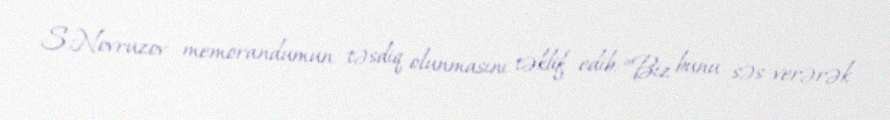
S.Novruzov memorandumun təsdiq olunmasını təklif edib: “Biz bunu səs verərək